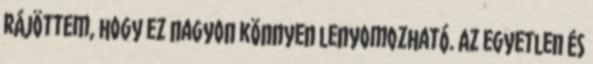
rájöttem, hogy ez nagyon könnyen lenyomozható. Az egyetlen és